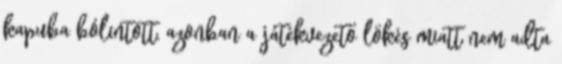
kapuba bólintott, azonban a játékvezető lökés miatt nem adta